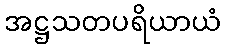
အဋ္ဌသတပရိယာယံ